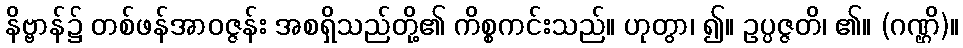
နိဗ္ဗာန်၌ တစ်ဖန်အာဝဇ္ဇန်း အစရှိသည်တို့၏ ကိစ္စကင်းသည်။ ဟုတွာ၊ ၍။ ဥပ္ပဇ္ဇတိ၊ ၏။ (ဂဏ္ဌိ)။